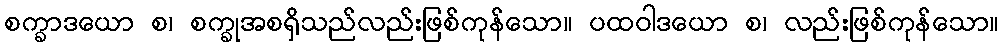
စက္ခာဒယော စ၊ စက္ခုအစရှိသည်လည်းဖြစ်ကုန်သော။ ပထဝါဒယော စ၊ လည်းဖြစ်ကုန်သော။